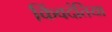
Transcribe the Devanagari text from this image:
किंवदंतिया